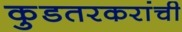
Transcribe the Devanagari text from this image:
कुडतरकरांची